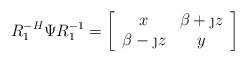
LaTeX: \begin{align*} R_1^{-H}\Psi R_1^{-1}= \left[\begin{array}{cc} x & \beta + \j z \\ \beta - \j z & y \end{array}\right]\end{align*}